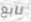
نابع